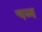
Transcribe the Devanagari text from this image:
चब्ब